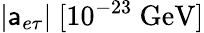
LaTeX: |\mathsf{a}_{e\tau}|~[10^{-23}~\mathrm{{{GeV}]}}